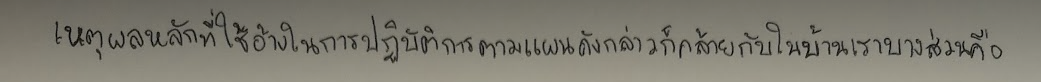
เหตุผลหลักที่ใช้อ้างในการปฏิบัติการตามแผนดังกล่าวก็คล้ายกับในบ้านเราบางส่วนคือ